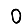
Digit: 0